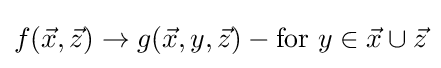
f({\vec {x}},{\vec {z}})\rightarrow g({\vec {x}},y,{\vec {z}})-{\rm {for}}~y\in {\vec {x}}\cup {\vec {z}}